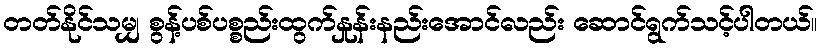
တတ်နိုင်သမျှ စွန့်ပစ်ပစ္စည်းထွက်နှုန်းနည်းအောင်လည်း ဆောင်ရွက်သင့်ပါတယ်။